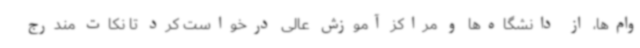
وام‌ها، از دانشگاه‌ها و مراکز آموزش عالی درخواست کرد تا نکات مندرج